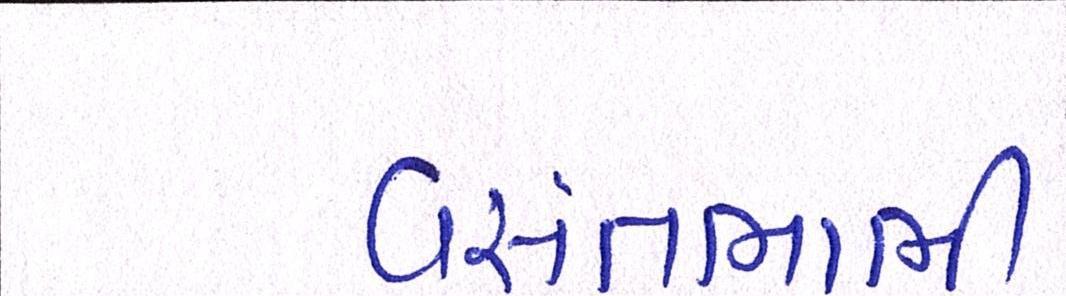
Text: વસંતભાભી